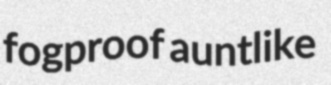
fogproof auntlike